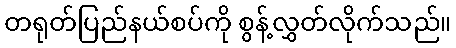
တရုတ်ပြည်နယ်စပ်ကို စွန့်လွှတ်လိုက်သည်။